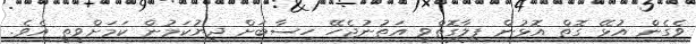
ވެގެން އުޅޭ ގޮތް އޮޅުުން ފިލާގޮތްވީ އަތުނުޖެހޭ ހިސާބަށް ދިޔުކަމުން ކަމަށްވީތީ އެވެ.